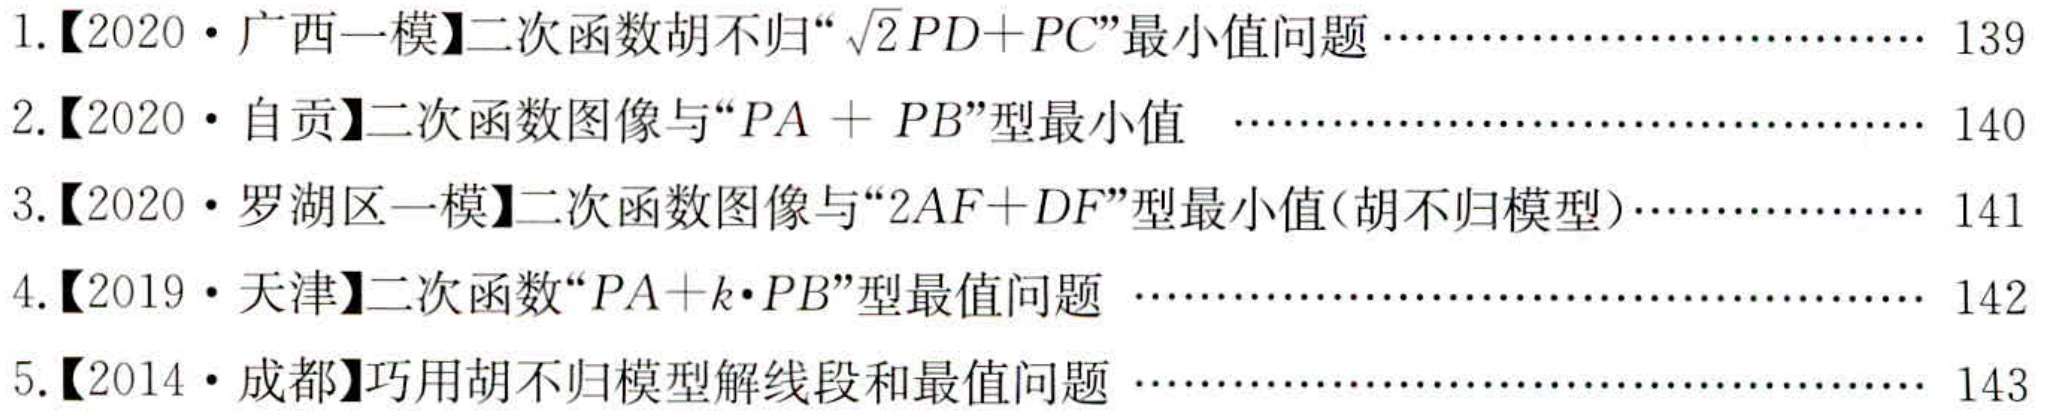
1.【2020·广西一模】二次函数胡不归“\(\sqrt{2}PD + PC\)”最小值问题………………………… 139
2.【2020·自贡】二次函数图像与“\(PA + PB\)”型最小值 ……………………………………… 140
3.【2020·罗湖区一模】二次函数图像与“\(2AF+DF\)”型最小值(胡不归模型)……………… 141
4.【2019·天津】二次函数“\(PA + k\cdot PB\)”型最值问题 ……………………………………… 142
5.【2014·成都】巧用胡不归模型解线段和最值问题 ………………………………………… 143